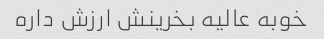
خوبه عالیه بخرینش ارزش داره